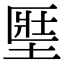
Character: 𡍱